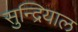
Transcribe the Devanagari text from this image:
सुन्द्रियाल